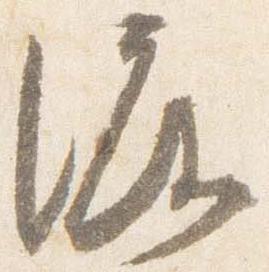
渡